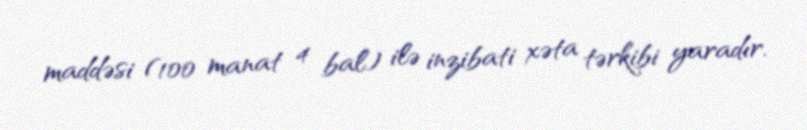
maddəsi (100 manat 4 bal) ilə inzibati xəta tərkibi yaradır.